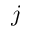
j